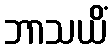
ဘာသယိံ